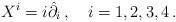
LaTeX: \begin{align*}X^{i}=i\hat{\partial}_{i}\,,~~~i=1,2,3,4\,.\end{align*}